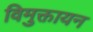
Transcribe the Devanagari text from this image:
विमुक्तायन